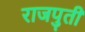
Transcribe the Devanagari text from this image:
राजपुती